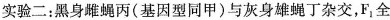
实验二：黑身雌蝇丙(基因型同甲)与灰身雄蝇丁杂交，F_{1}全